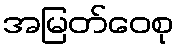
အမြတ်ဝေစု